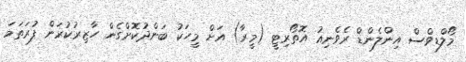
މޯލްޑިވްސް އިންލެންޑް ރެވެނިއު އޮތޯރިޓީ (މީރާ) އަށް މީހަކު ބަންދުކޮށްގެން ހާޒިރުކުރަން ފުރަތަމަ